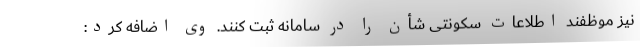
نیز موظفند اطلاعات سکونتی شأن را در سامانه ثبت کنند. وی اضافه کرد: